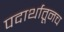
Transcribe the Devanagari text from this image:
पदार्थातूनच